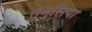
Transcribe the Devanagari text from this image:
तुनुसिया